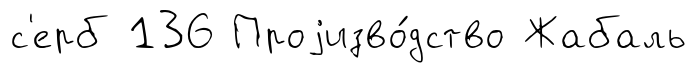
с'ерб 136 Проjизво́дство Жабаль